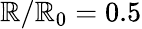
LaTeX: \mathbb{R}/\mathbb{R}_{0}=0.5